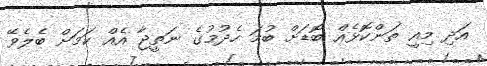
އަދި މިއީ ތަންކޮޅެއް ބޮޑަށް ބުމަ ހެދުމުގެ ނަތީޖާ އެއް ކަމަށް ބެލެވޭ